Vaccination United Provinces of Agra and Oudh 1914-1922 - 1914-1922
Year: 1914
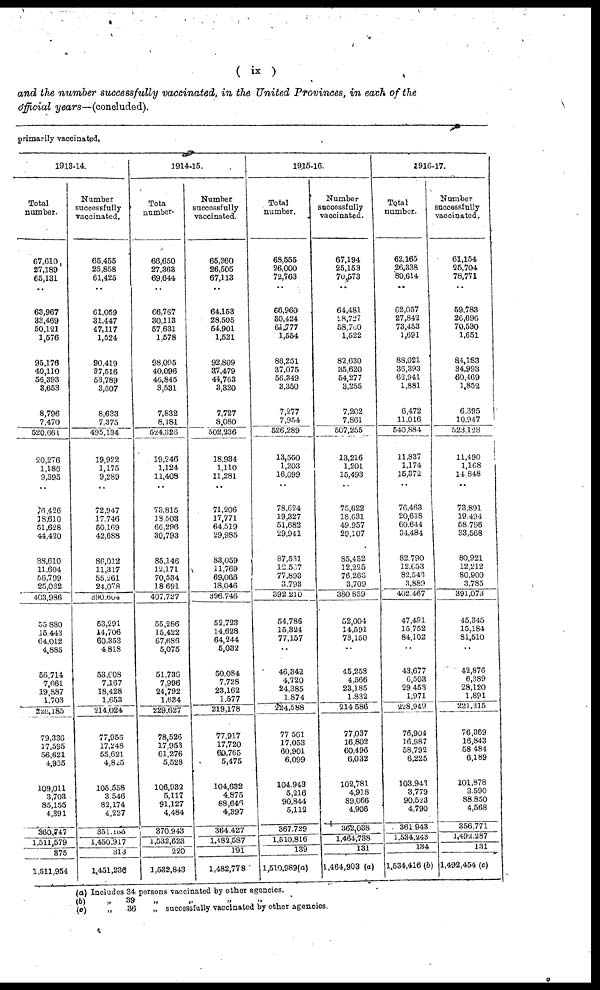
( ix )
and the number successfully vaccinated, in the United Provinces, in each of the
official years—(concluded).
primarily vaccinated.
1913-14.
Total
number.
67,610
27,189
65,131
..
63,967
33,469
50,121
1,576
95,176
40,110
56,393
3,653
8,796
7,470
520,661
20,276
1,186
9,395
..
16,426
18,610
51,628
44,420
88,610
11,604
56,799
25,032
403,986
55,880
15,443
64,012
4,885
56,714
7,661
19,887
1,703
226,185
79,336
17,595
56,621
4,935
109,011
3,703
85,155
4,391
360,747
1,511,579
375
1,511,954
Number
successfully
vaccinated.
65,455
25,858
61,425
..
61,069
31,447
47,117
1,524
90,419
37,516
53,789
3,507
8,633
7,375
495,134
19,922
1,175
9,289
..
72,947
17,746
50,169
42,688
86,012
11,317
55,261
24,078
390,604
53,291
14,706
60,353
4,818
53,608
7,167
18,428
1,653
214,024
77,956
17,248
55,621
4,825
105,558
3,546
82,174
4,227
351,155
1,450,917
313
1,451,230
1914-15.
Total
number.
66,650
27,363
69,644
..
66,767
30,113
57,631
1,578
98,095
40,096
46,845
3,531
7,832
8,181
524,326
19,246
1,124
11,408
..
73,815
13,503
66,296
30,793
85,146
12,171
70,534
18,691
407,727
55,286
15,422
67,686
5,075
51,736
7,996
24,792
1,634
229,627
78,526
17,953
61,276
5,528
106,932
5,117
91,127
4,484
370,943
1,532,623
220
1,532,843
Number
successfully
vaccinated.
65,360
26,505
67,113
..
64,153
28,505
54,901
1,521
92,809
37,479
44,768
3,320
7,727
8,080
502,236
18,934
1.110
11,281
..
71,206
17,771
64.519
29,985
83,059
11,769
69,066
18,046
396.746
52,723
14,628
64,244
5,032
50,084
7,728
23,162
1.577
219,178
77,917
17,720
60,765
5,475
104,632
4,875
88,646
4,397
364427
1,482,587
191
1,482,778
1915-16.
Total
number.
68,555
26,000
72,763
..
66,960
30,424
61,777
1,554
86,251
37,075
56,349
3,350
7,277
7,954
526,289
13,550
1,203
16,099
..
78,624
19,327
51,682
29,941
87,531
12,507
77,893
3,793
392,210
54,786
15,324
77,157
..
46,342
4,720
24,385
1,874
224,588
77,561
17,053
60,901
6,099
104,943
5,216
90,844
5,112
367,729
1,510,816
139
1,510,989(a)
Number
successfully
vaccinated.
67,194
25,153
70,573
..
64,481
28,727
58,760
1,522
82,630
35,620
54,277
3,255
7,202
7,861
507,255
13,216
1,201
15,493
..
75,622
18,631
49,957
29,107
85,432
12,225
76,266
3,709
380,859
52,004
14,591
73,150
..
45,253
4,566
23,185
1,832
214,586
77,037
16,802
60,496
6,032
102,781
4,918
89,066
4,906
362,038
1,464,738
131
1,464,903 (a)
1916-17.
Total
number.
62,165
26,338
80,614
..
62,057
27,842
73,453
1,691
88,021
36,393
62,941
1,881
6,472
11,016
540,884
11,837
1,174
15,372
..
76,463
20,618
60,644
34,484
82,790
12,653
82,543
3,889
402,467
47,491
15,752
84,102
..
43,677
6,503
29,453
1,971
228,949
76,904
16,987
58,792
6,225
103,943
3,779
90,523
4,790
361,943
1,534,243
134
1,534,416 (6)
Number
successfully
vaccinated.
61,154
25,704
78,771
..
59,783
26,696
70,530
1,651
84,183
34,993
60,469
1,852
6,395
10,947
523,128
11,490
1,168
14,848
..
73,891
19,494
58,796
33,568
80,921
12,212
80,900
3,785
391,073
45,345
15,184
81,510
..
42,876
6,389
28,120
1,891
221,315
76,369
16,843
58,484
6,189
101,878
3,590
88,850
4,568
356,771
1,492,287
131
1,492,454 (c)
(a) Includes 34 persons vaccinated by other agencies.
(b)
„
39
„
„
„
„
(c)
„
36
„ successfully vaccinated by other agencies.